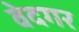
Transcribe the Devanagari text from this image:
वेदगर